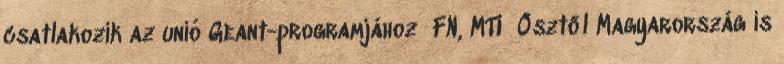
csatlakozik az unió Geant-programjához FN, MTI Ősztől Magyarország is